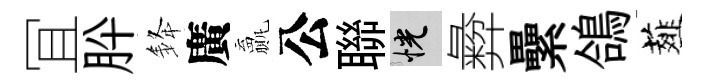
冝肸𨦟廣贏公聯恍彜纍鴿薤